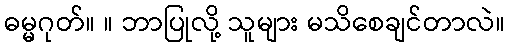
ဓမ္မဂုတ်။ ။ ဘာပြုလို့ သူများ မသိစေချင်တာလဲ။